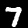
Label: 7